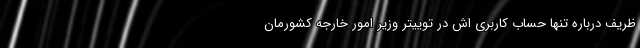
ظریف درباره تنها حساب کاربری اش در توییتر وزیر امور خارجه کشورمان